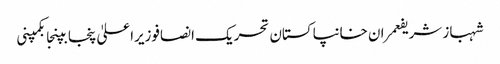
شہباز شریفعمران خانپاکستان تحریک انصافوزیراعلیٰ پنجابپنجابکمپنی